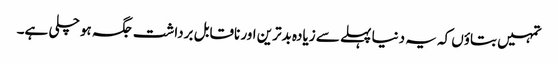
تمہیں بتاؤں کہ یہ دنیا پہلے سے زیادہ بدترین اور ناقابل برداشت جگہ ہو چلی ہے۔